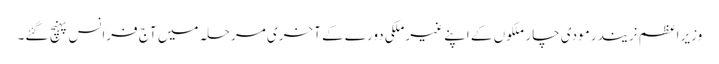
وزیر اعظم نریندر مودی چار ملکوں کے اپنے غیرملکی دورے کے آخری مرحلہ میں آج فرانس پہنچ گئے۔